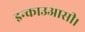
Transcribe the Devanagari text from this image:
इन्काउआसी।